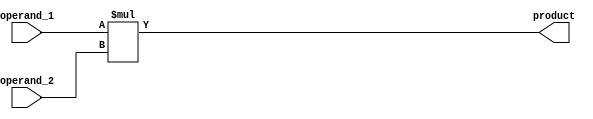
module CarrySaveMultiplier (
    input wire [7:0] operand_1,
    input wire [7:0] operand_2,
    output wire [15:0] product
);

reg [15:0] intermediate_result;

// Carry-Save Adder block
always @* begin
    intermediate_result = operand_1 * operand_2;
end

assign product = intermediate_result;

endmodule